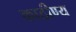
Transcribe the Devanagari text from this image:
काठीण्य